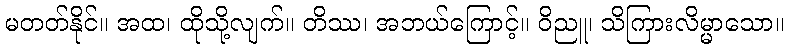
မတတ်နိုင်။ အထ၊ ထိုသို့လျက်။ တိဿ၊ အဘယ်ကြောင့်။ ဝိညူ၊ သိကြားလိမ္မာသော။